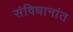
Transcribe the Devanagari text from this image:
संविधानांत